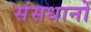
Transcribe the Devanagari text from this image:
संसधानों